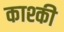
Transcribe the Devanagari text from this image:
काश्की